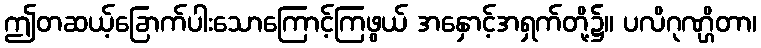
ဤတဆယ့်ခြောက်ပါးသောကြောင့်ကြဖွယ် အနှောင့်အရှက်တို့၌။ ပလိဂုဏ္ဌိတာ၊